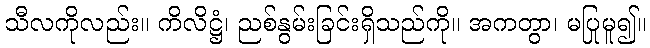
သီလကိုလည်း။ ကိလိဋ္ဌံ၊ ညစ်နွမ်းခြင်းရှိသည်ကို။ အကတွာ၊ မပြုမူ၍။